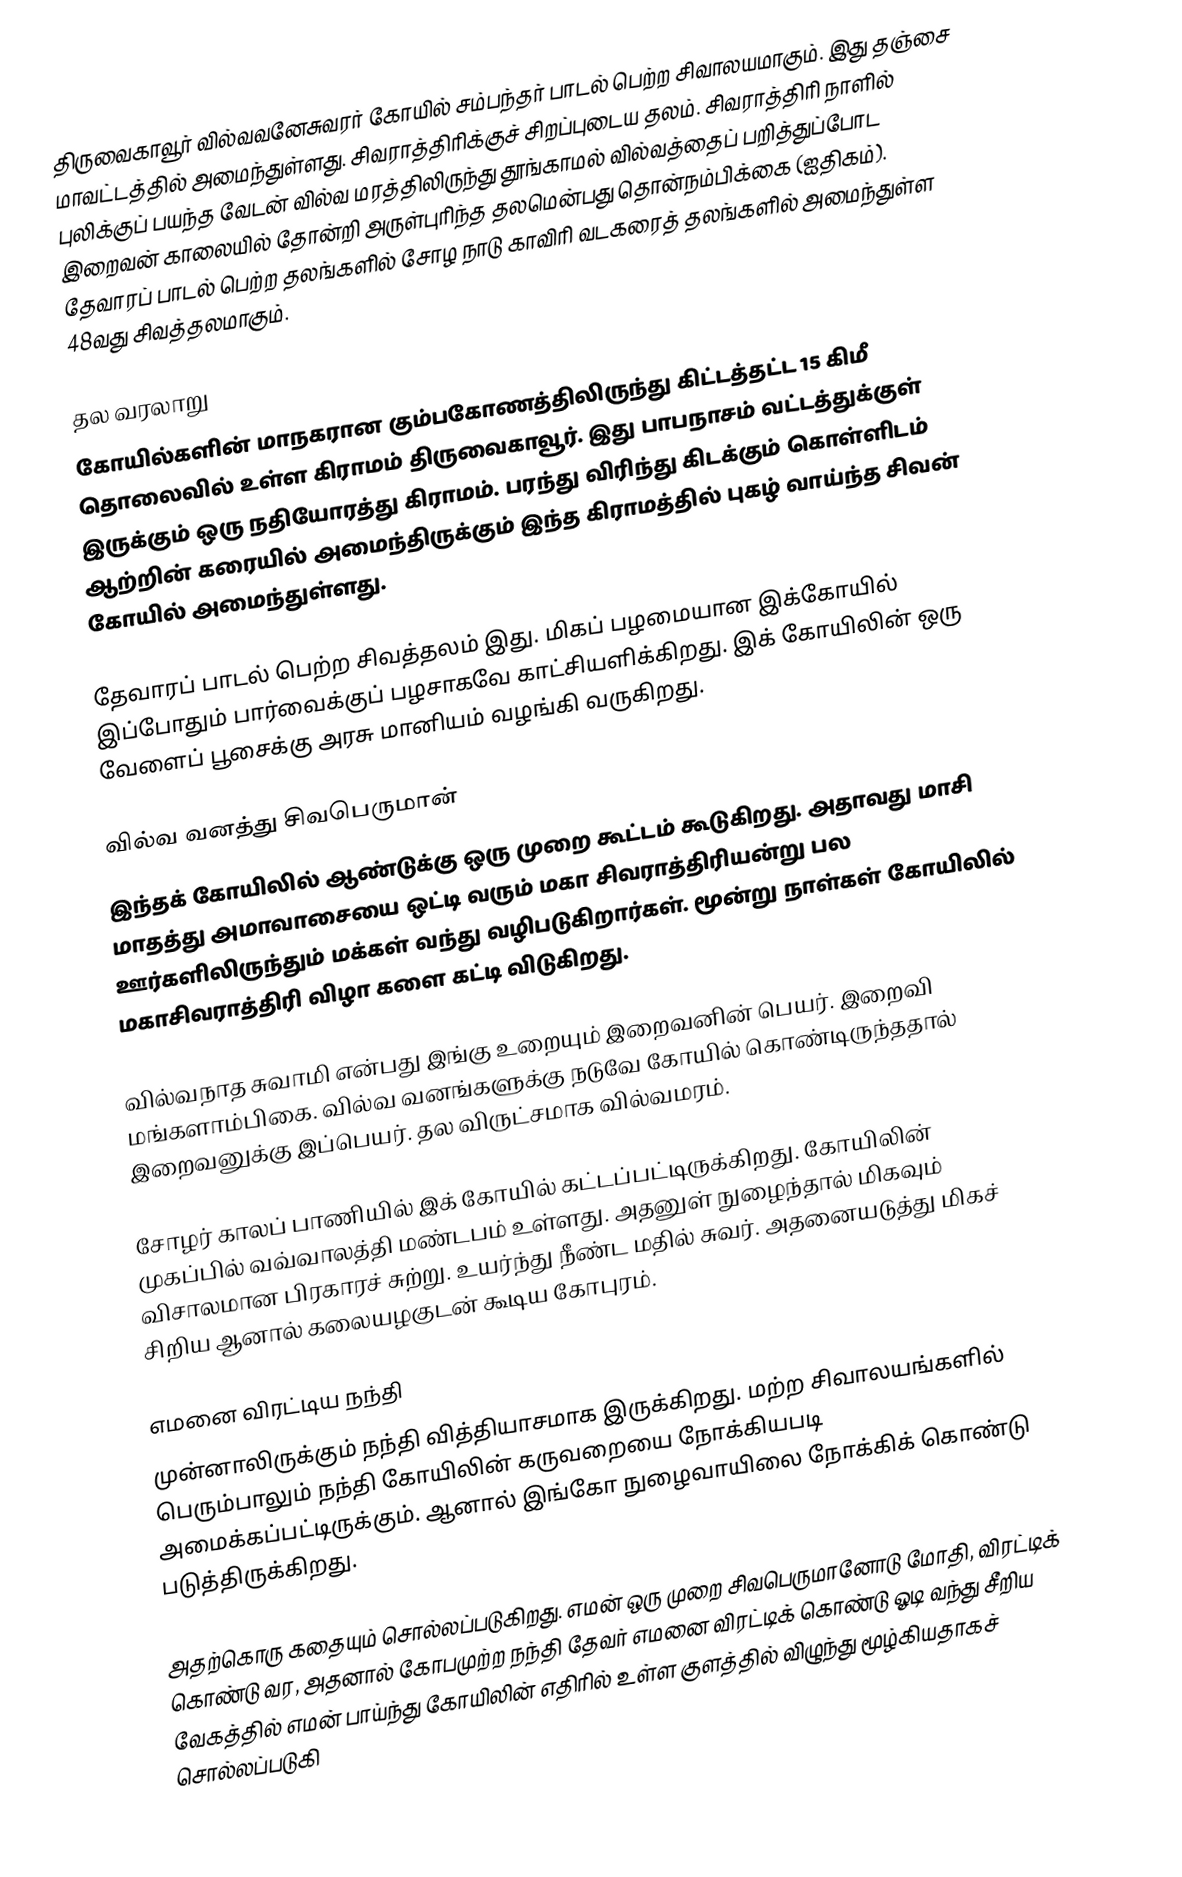
திருவைகாவூர் வில்வவனேசுவரர் கோயில் சம்பந்தர் பாடல் பெற்ற சிவாலயமாகும். இது தஞ்சை மாவட்டத்தில் அமைந்துள்ளது. சிவராத்திரிக்குச் சிறப்புடைய தலம். சிவராத்திரி நாளில் புலிக்குப் பயந்த வேடன் வில்வ மரத்திலிருந்து தூங்காமல் வில்வத்தைப் பறித்துப்போட இறைவன் காலையில் தோன்றி அருள்புரிந்த தலமென்பது தொன்நம்பிக்கை (ஐதிகம்). தேவாரப் பாடல் பெற்ற தலங்களில் சோழ நாடு காவிரி வடகரைத் தலங்களில் அமைந்துள்ள 48வது 	சிவத்தலமாகும்.

தல வரலாறு
கோயில்களின் மாநகரான கும்பகோணத்திலிருந்து கிட்டத்தட்ட 15 கிமீ தொலைவில் உள்ள கிராமம் திருவைகாவூர். இது பாபநாசம் வட்டத்துக்குள் இருக்கும் ஒரு நதியோரத்து கிராமம். பரந்து விரிந்து கிடக்கும் கொள்ளிடம் ஆற்றின் கரையில் அமைந்திருக்கும் இந்த கிராமத்தில் புகழ் வாய்ந்த சிவன் கோயில் அமைந்துள்ளது.

தேவாரப் பாடல் பெற்ற சிவத்தலம் இது. மிகப் பழமையான இக்கோயில் இப்போதும் பார்வைக்குப் பழசாகவே காட்சியளிக்கிறது. இக் கோயிலின் ஒரு வேளைப் பூசைக்கு அரசு மானியம் வழங்கி வருகிறது.

வில்வ வனத்து சிவபெருமான்
இந்தக் கோயிலில் ஆண்டுக்கு ஒரு முறை கூட்டம் கூடுகிறது. அதாவது மாசி மாதத்து அமாவாசையை ஒட்டி வரும் மகா சிவராத்திரியன்று பல ஊர்களிலிருந்தும் மக்கள் வந்து வழிபடுகிறார்கள். மூன்று நாள்கள் கோயிலில் மகாசிவராத்திரி விழா களை கட்டி விடுகிறது.

வில்வநாத சுவாமி என்பது இங்கு உறையும் இறைவனின் பெயர். இறைவி மங்களாம்பிகை. வில்வ வனங்களுக்கு நடுவே கோயில் கொண்டிருந்ததால் இறைவனுக்கு இப்பெயர். தல விருட்சமாக வில்வமரம்.

சோழர் காலப் பாணியில் இக் கோயில் கட்டப்பட்டிருக்கிறது. கோயிலின் முகப்பில் வவ்வாலத்தி மண்டபம் உள்ளது. அதனுள் நுழைந்தால் மிகவும் விசாலமான பிரகாரச் சுற்று. உயர்ந்து நீண்ட மதில் சுவர். அதனையடுத்து மிகச் சிறிய ஆனால் கலையழகுடன் கூடிய கோபுரம்.

எமனை விரட்டிய நந்தி
முன்னாலிருக்கும் நந்தி வித்தியாசமாக இருக்கிறது. மற்ற சிவாலயங்களில் பெரும்பாலும் நந்தி கோயிலின் கருவறையை நோக்கியபடி அமைக்கப்பட்டிருக்கும். ஆனால் இங்கோ நுழைவாயிலை நோக்கிக் கொண்டு படுத்திருக்கிறது.

அதற்கொரு கதையும் சொல்லப்படுகிறது. எமன் ஒரு முறை சிவபெருமானோடு மோதி, விரட்டிக் கொண்டு வர, அதனால் கோபமுற்ற நந்தி தேவர் எமனை விரட்டிக் கொண்டு ஓடி வந்து சீறிய வேகத்தில் எமன் பாய்ந்து கோயிலின் எதிரில் உள்ள குளத்தில் விழுந்து மூழ்கியதாகச் சொல்லப்படுகி